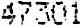
47301